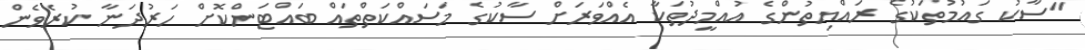
"ސާކު ގައުމުތަކުގެ ރައްޔިތުންގެ އުއްމީދުތަކާ އެއްވަރަށް ސާކުގެ މަސައްކަތްތައް ބައްޓަންކޮށް ހަރުދަނާ ކުރެވެން